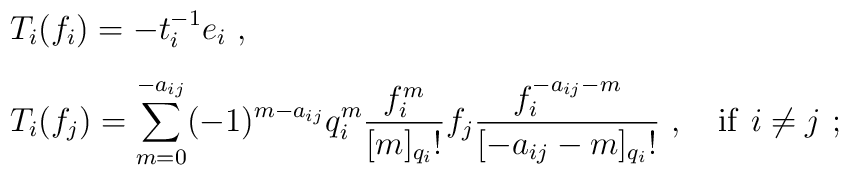
\begin{array}{rcl}&&T_i(f_i)=-t_i^{-1}e_i~,\\[3mm]&&T_i(f_j)=\displaystyle\sum_{m=0}^{-a_{ij}}(-1)^{m-a_{ij}}q_i^{m}\frac{f_i^{m}}{[m]_{q_i}!}f_j\frac{f_i^{-a_{ij}-m}}{[-a_{ij}-m]_{q_i}!}~,~~~{\rm if~}i\not=j~;\end{array}